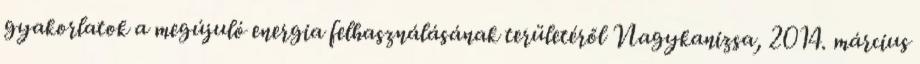
gyakorlatok a megújuló energia felhasználásának területéről Nagykanizsa, 2014. március